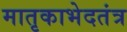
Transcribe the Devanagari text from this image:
मातृकाभेदतंत्र